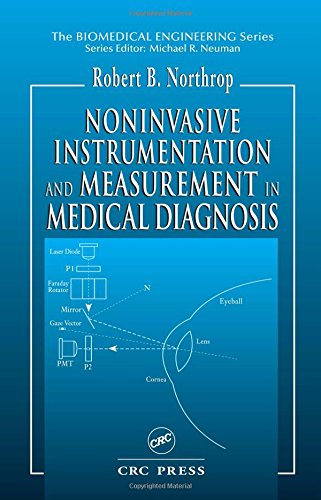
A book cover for Noninvasive Instrumentation and Measurement in Medical Diagnosis (Biomedical Engineering); Robert B. Northrop; Medical Books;